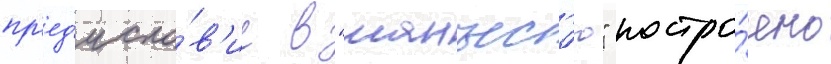
пр'ед'исло́в'ие в "манъес'ю" постро́ено